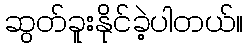
ဆွတ်ခူးနိုင်ခဲ့ပါတယ်။